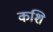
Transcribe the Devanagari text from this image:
कशि